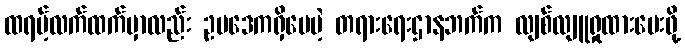
ထရမ့်လက်ထက်မှာလည်း ဥပဒေကရှိပေမဲ့ တရားရေးဌာနဘက်က လျစ်လျူရှုထားပေးဖို့